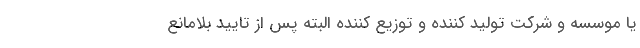
یا موسسه و شرکت تولید کننده و توزیع کننده البته پس از تایید بلامانع